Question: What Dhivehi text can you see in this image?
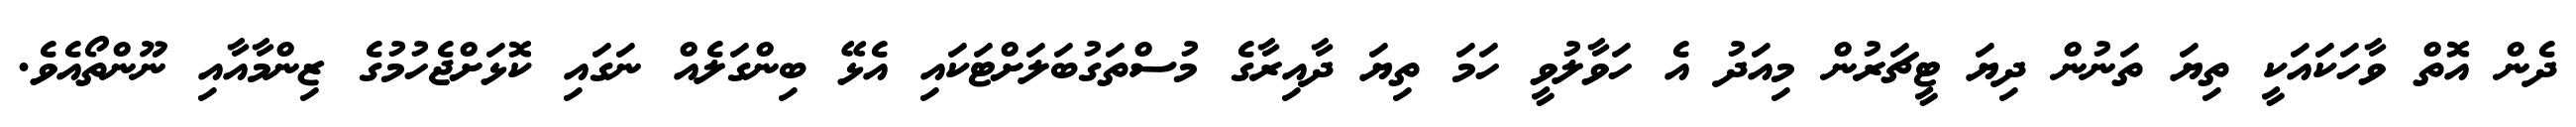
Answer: ދެން އޮތް ވާހަކައަކީ ތިޔަ ތަނުން ދިޔަ ޓީޗަރުން މިއަދު އެ ހަވާލުވީ ހަމަ ތިޔަ ދާއިރާގެ މުސްތަގުބަލަށްޓަކައި އެޅޭ ބިންގަލެއް ނަގައި ކޮޅަށްޖެހުމުގެ ޒިންމާއާއި ނޫންތޯއެވެ.